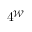
4 ^ { \mathcal { W } }